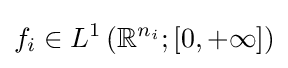
f_{i}\in L^{1}\left(\mathbb {R} ^{n_{i}};[0,+\infty ]\right)